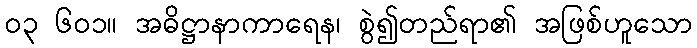
၀၃ ၆၀၁။ အဓိဋ္ဌာနာကာရေန၊ စွဲ၍တည်ရာ၏ အဖြစ်ဟူသော